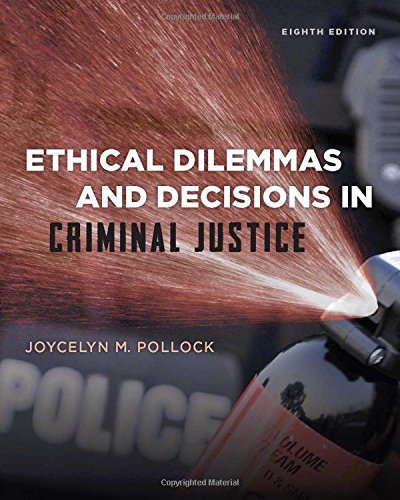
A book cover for Ethical Dilemmas and Decisions in Criminal Justice (Ethics in Crime and Justice); Joycelyn M. Pollock; Education & Teaching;